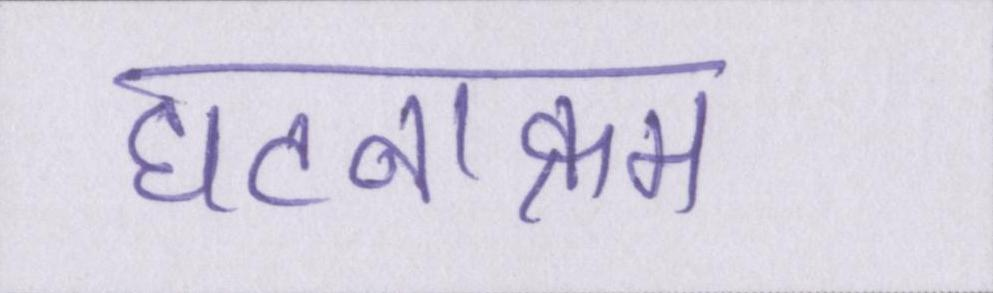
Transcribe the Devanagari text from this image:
घटनाक्रम